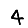
Digit: 4